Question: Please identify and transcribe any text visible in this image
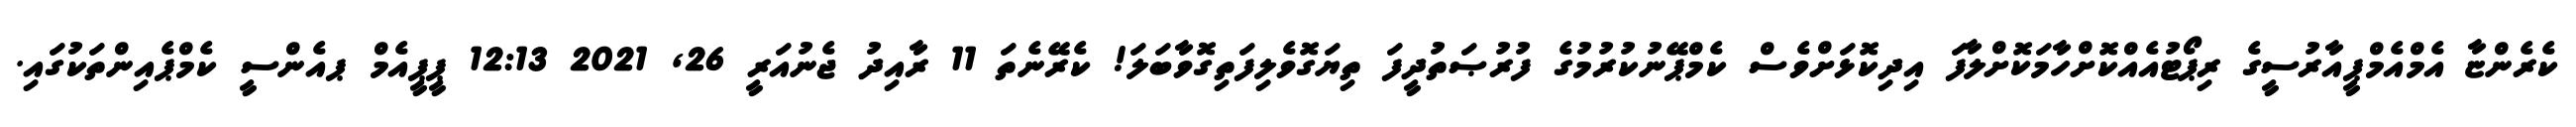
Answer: ކެރެންޏާ އެމްއެމްޕީއާރުސީގެ ރިޕޯޓުއެއްކޮށްހާމަކޮށްލާފަ އިދިކޮޅަށްވެސް ކެމްޕޭނުކުރުމުގެ ފުރުޞަތުދީފަ ތިޔަގޮވެލިފަތިގޮވާބަލަ! ކެރޭނެތަ 11 ރާއިދު ޖެނުއަރީ 26, 2021 12:13 ޕީޕީއެމް ޕއެންސީ ކެމްޕެއިންތަކުގައި.